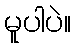
မူပါပဲ။